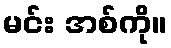
မင်း အစ်ကို။